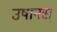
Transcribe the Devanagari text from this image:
उषानस्‌